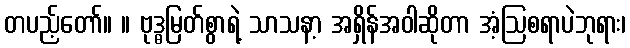
တပည့်တော်။ ။ ဗုဒ္ဓမြတ်စွာရဲ့ သာသနာ့ အရှိန်အဝါဆိုတာ အံ့ဩစရာပဲဘုရား၊